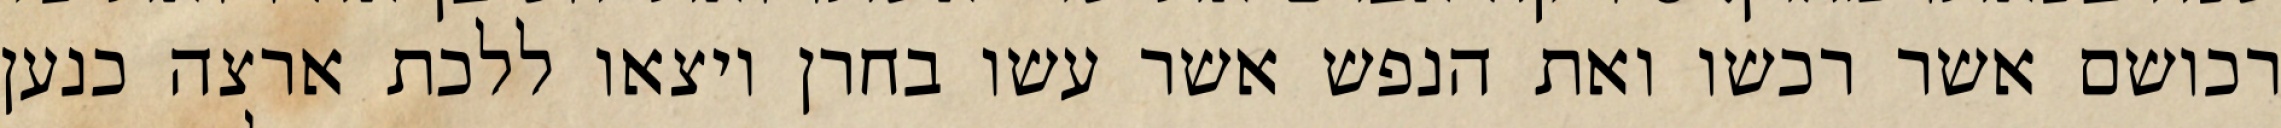
רכושם אשר רכשו ואת הנפש אשר עשו בחרן ויצאו ללכת ארצה כנען